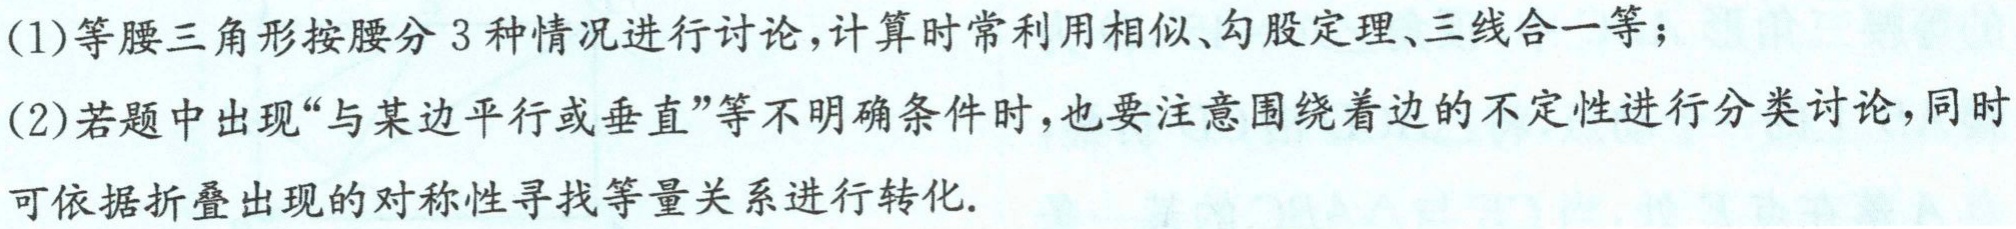
(1)等腰三角形按腰分 3 种情况进行讨论，计算时常利用相似、勾股定理、三线合一等；

(2)若题中出现“与某边平行或垂直”等不明确条件时，也要注意围绕着边的不定性进行分类讨论，同时可依据折叠出现的对称性寻找等量关系进行转化.